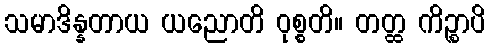
သမာဒိန္နတာယ ယညောတိ ဝုစ္စတိ။ တတ္ထ ကိဉ္စာပိ